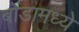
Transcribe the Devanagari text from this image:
बोंडामध्ये